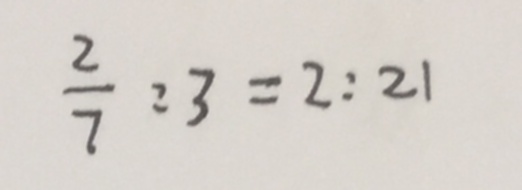
\frac { 2 } { 7 } : 3 = 2 : 2 1